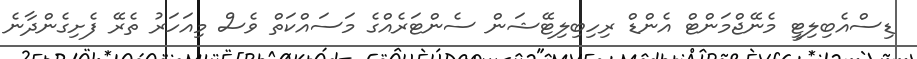
ޑިސްއެބިލިޓީ މެނޭޖްމަންޓް އެންޑް ރިހިބިލިޓޭޝަން ސެންޓަރެއްގެ މަސައްކަތް ވެސް މިއަހަރު ތެރޭ ފެށިގެންދާނެ